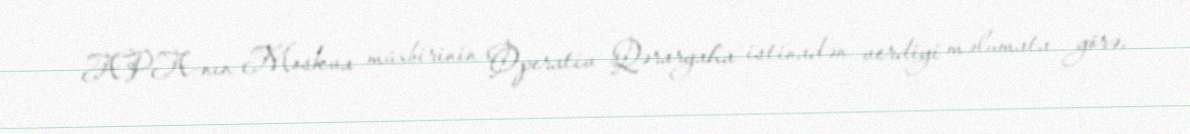
APA-nın Moskva müxbirinin Operativ Qərargaha istinadən verdiyi məlumata görə,